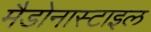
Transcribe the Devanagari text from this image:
मैडोनास्टाइल